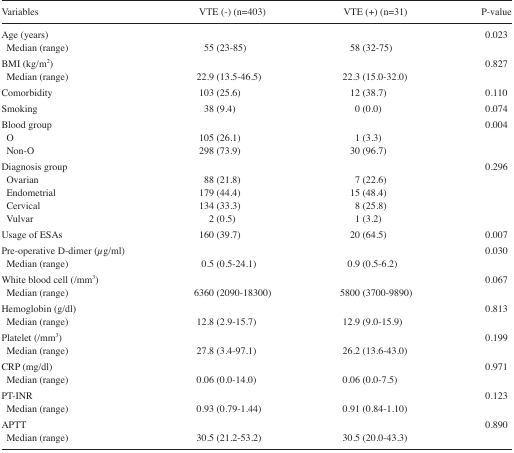
<table><thead><tr><td><b>Variables</b></td><td><b>VTE (−) (n=403)</b></td><td><b>VTE (+) (n=31)</b></td><td><b>P-value</b></td></tr></thead><tbody><tr><td>Age (years)</td><td></td><td></td><td>0.023</td></tr><tr><td>Median (range)</td><td>55 (23–85)</td><td>58 (32–75)</td><td></td></tr><tr><td>BMI (kg/m<sup>2</sup>)</td><td></td><td></td><td>0.827</td></tr><tr><td>Median (range)</td><td>22.9 (13.5–46.5)</td><td>22.3 (15.0–32.0)</td><td></td></tr><tr><td>Comorbidity</td><td>103 (25.6)</td><td>12 (38.7)</td><td>0.110</td></tr><tr><td>Smoking</td><td>38 (9.4)</td><td>0 (0.0)</td><td>0.074</td></tr><tr><td>Blood group</td><td></td><td></td><td>0.004</td></tr><tr><td>O</td><td>105 (26.1)</td><td>1 (3.3)</td><td></td></tr><tr><td>Non-O</td><td>298 (73.9)</td><td>30 (96.7)</td><td></td></tr><tr><td>Diagnosis group</td><td></td><td></td><td>0.296</td></tr><tr><td>Ovarian</td><td>88 (21.8)</td><td>7 (22.6)</td><td></td></tr><tr><td>Endometrial</td><td>179 (44.4)</td><td>15 (48.4)</td><td></td></tr><tr><td>Cervical</td><td>134 (33.3)</td><td>8 (25.8)</td><td></td></tr><tr><td>Vulvar</td><td>2 (0.5)</td><td>1 (3.2)</td><td></td></tr><tr><td>Usage of ESAs</td><td>160 (39.7)</td><td>20 (64.5)</td><td>0.007</td></tr><tr><td>Pre-operative D-dimer (<i>μ</i>g/ml)</td><td></td><td></td><td>0.030</td></tr><tr><td>Median (range)</td><td>0.5 (0.5–24.1)</td><td>0.9 (0.5–6.2)</td><td></td></tr><tr><td>White blood cell (/mm<sup>3</sup>)</td><td></td><td></td><td>0.067</td></tr><tr><td>Median (range)</td><td>6360 (2090–18300)</td><td>5800 (3700–9890)</td><td></td></tr><tr><td>Hemoglobin (g/dl)</td><td></td><td></td><td>0.813</td></tr><tr><td>Median (range)</td><td>12.8 (2.9–15.7)</td><td>12.9 (9.0–15.9)</td><td></td></tr><tr><td>Platelet (/mm<sup>3</sup>)</td><td></td><td></td><td>0.199</td></tr><tr><td>Median (range)</td><td>27.8 (3.4–97.1)</td><td>26.2 (13.6–43.0)</td><td></td></tr><tr><td>CRP (mg/dl)</td><td></td><td></td><td>0.971</td></tr><tr><td>Median (range)</td><td>0.06 (0.0–14.0)</td><td>0.06 (0.0–7.5)</td><td></td></tr><tr><td>PT-INR</td><td></td><td></td><td>0.123</td></tr><tr><td>Median (range)</td><td>0.93 (0.79–1.44)</td><td>0.91 (0.84–1.10)</td><td></td></tr><tr><td>APTT</td><td></td><td></td><td>0.890</td></tr><tr><td>Median (range)</td><td>30.5 (21.2–53.2)</td><td>30.5 (20.0–43.3)</td><td></td></tr></tbody></table>